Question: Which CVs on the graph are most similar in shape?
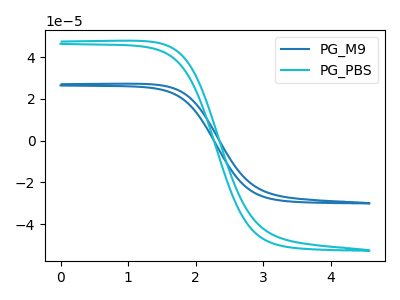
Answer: <think>The blue curve "PG_M9" has no peaks. The cyan curve "PG_PBS" has no peaks.
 Neither "PG_M9" or "PG_PBS" have any peaks.</think>
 <answer>"PG_PBS" and "PG_M9" have the same shape and are likely CV's of the same chemical.</answer>
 <eval>"PG_PBS" "PG_M9"</eval>